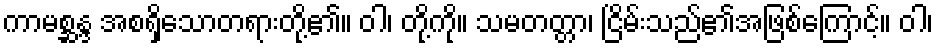
ကာမစ္ဆန္ဒ အစရှိသောတရားတို့၏။ ဝါ၊ တို့ကို။ သမတတ္တာ၊ ငြိမ်းသည်၏အဖြစ်ကြောင့်။ ဝါ၊